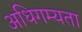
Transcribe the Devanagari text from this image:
अधिगम्यता